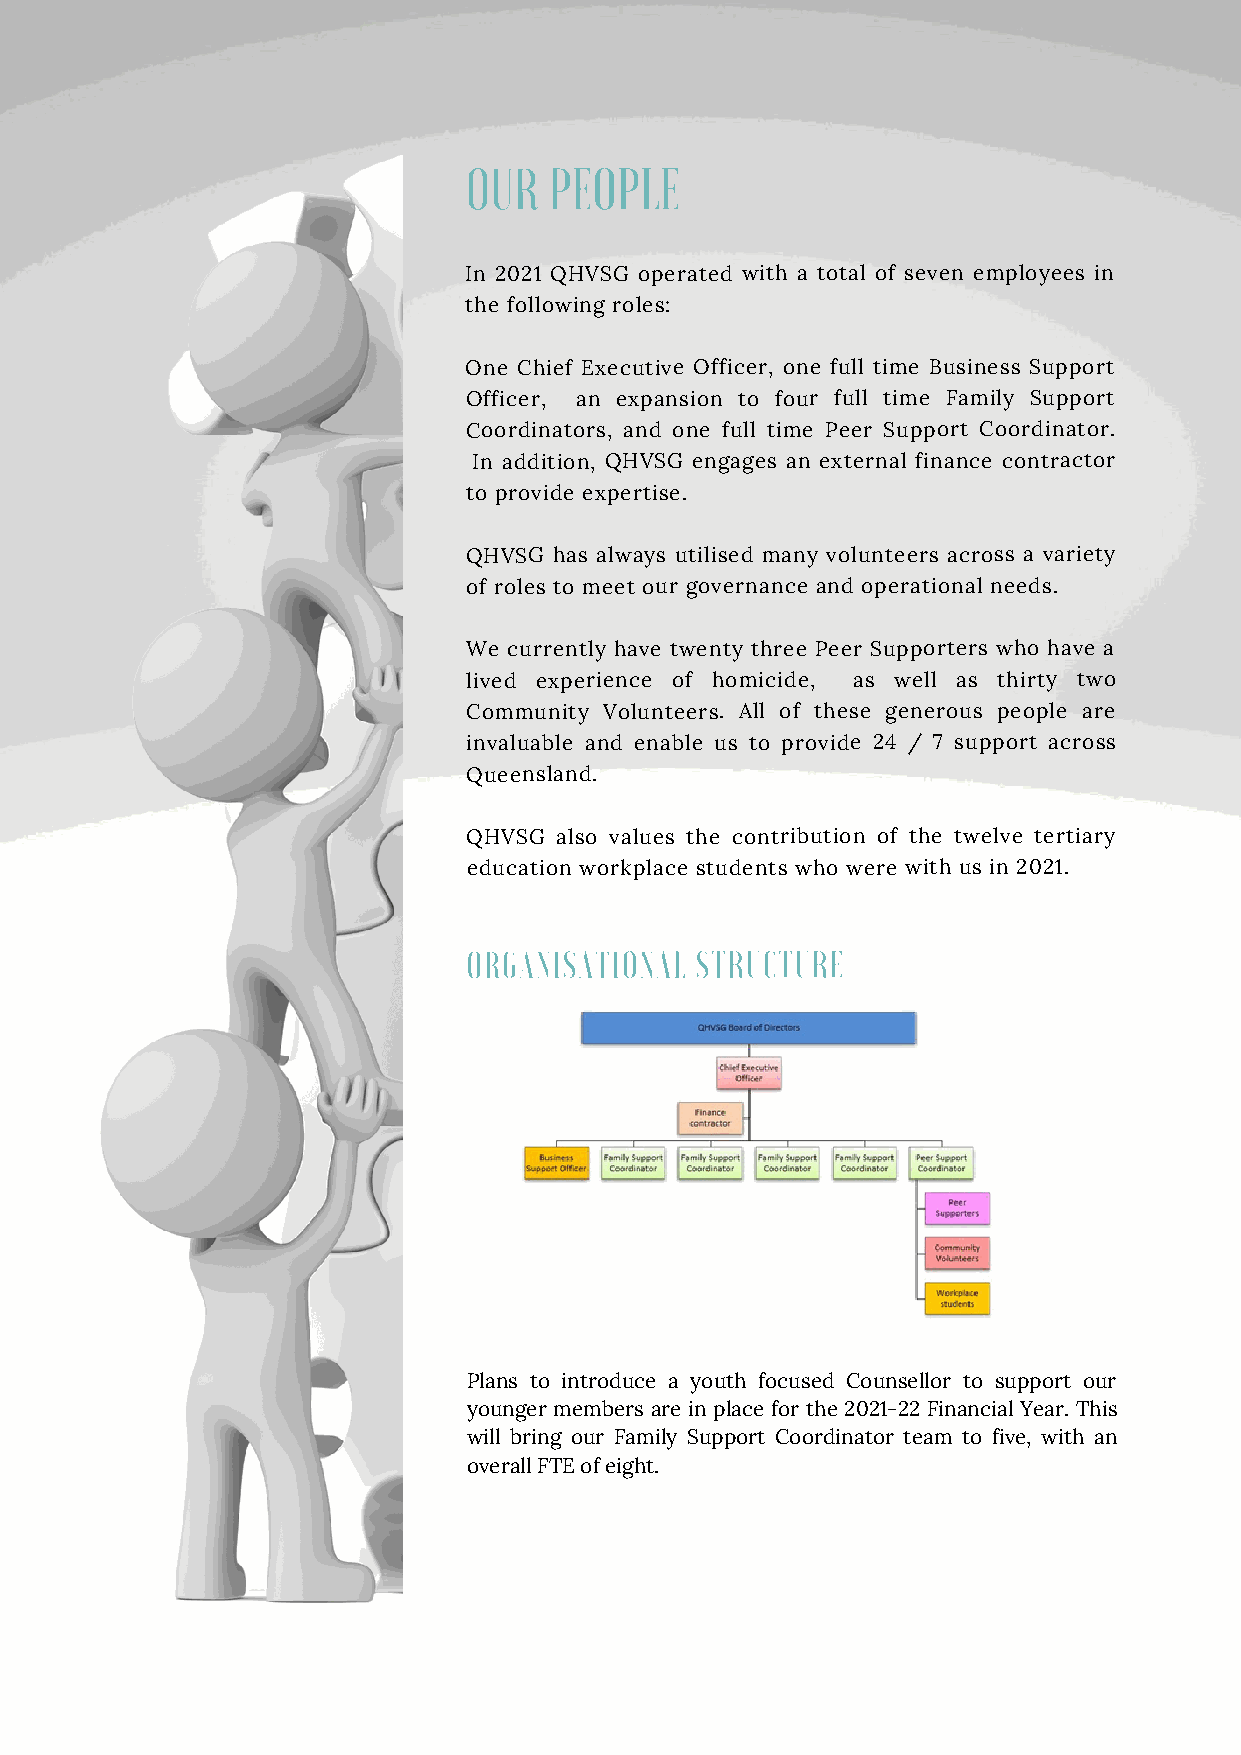
OUR  PEOPLE
 In 2021 QHVSG operated with a total of seven employees in
 the following roles:
 One Chief Executive Officer, one full time Business Support
 Officer, an expansion to four full time Family Support
 Coordinators, and one full time Peer Support Coordinator.
 In addition, QHVSG engages an external finance contractor
 to provide expertise.
 QHVSG has always utilised many volunteers across a variety
 of roles to meet our governance and operational needs.
 We currently have twenty three Peer Supporters who have a
 lived experience of homicide, as well as thirty two
 Community Volunteers. All of these generous people are
 invaluable and enable us to provide 24 / 7 support across
 Queensland.
 QHVSG also values the contribution of the twelve tertiary
 education workplace students who were with us in 2021.
 ORGANISATIONAL STRUCTURE
 Plans to introduce a youth focused Counsellor to support our
 younger members are in place for the 2021-22 Financial Year. This
 will bring our Family Support Coordinator team to five, with an
 overall FTE of eight.